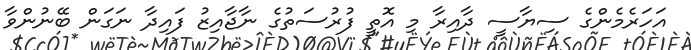
އަހަރެމެންގެ ސިޔާސީ ދާއިރާ މި އޮތީ ފުރުސަތުގެ ނާޖާއިޒު ފައިދާ ނަގަން ބޭނުންވާ